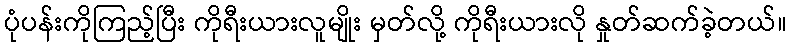
ပုံပန်းကိုကြည့်ပြီး ကိုရီးယားလူမျိုး မှတ်လို့ ကိုရီးယားလို နှုတ်ဆက်ခဲ့တယ်။